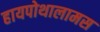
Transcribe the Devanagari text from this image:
हायपोथालामस